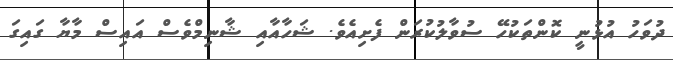
ދުވަހު އުޅުނީ ކޮންތަކުހޭ ސުވާލުކުރަން ފެށިއެވެ. ޝަހާއާއި ޝާނިމްވެސް އައިސް މާޔާ ގައިގަ